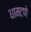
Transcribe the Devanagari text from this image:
धामटणे